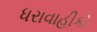
ધરાવાહીકો